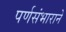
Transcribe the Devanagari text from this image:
पर्णसंभाराने